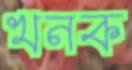
খনক